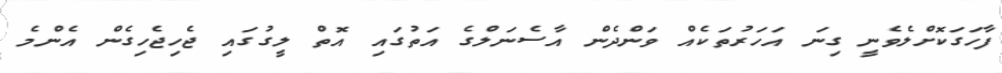
ފާހަގަކޮށްލެވެނީ ގިނަ އަހަރުތަކެއް ވަންދެން އާސެނަލްގެ އަތުގައި އޮތް ލީގުގައި ޖެހިޖެހިގެން އެންމެ